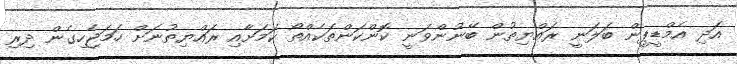
އަދި އެމްޑީޕީން ބަލަނީ ރައްޔިތުން ބޭނުންވަނީ ކޮންކަންތަކެއްތޯ ކަމަށާއި ރައްޔިތުނަށް ހަމަޖެހިގެން ދިރި